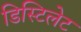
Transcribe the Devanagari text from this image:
डिस्टिलेट